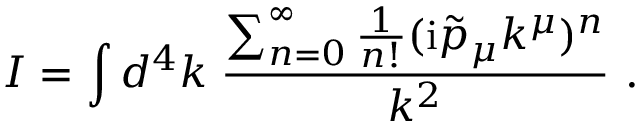
I = \int d ^ { 4 } k \; \frac { \sum _ { n = 0 } ^ { \infty } \frac { 1 } { n ! } ( \mathrm { i } \tilde { p } _ { \mu } k ^ { \mu } ) ^ { n } } { k ^ { 2 } } ~ .